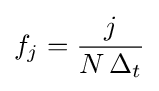
f_{j}={\frac {j}{N\,\Delta _{t}}}